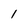
Character: 1